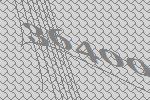
36400